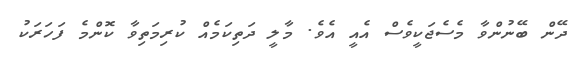
ދޭން ބޭނުންވާ މެސެޖަކީވެސް އެއީ އެވެ. މާލީ ދަތިކަމެއް ކުރިމަތިވާ ކޮންމެ ފަހަރަކު